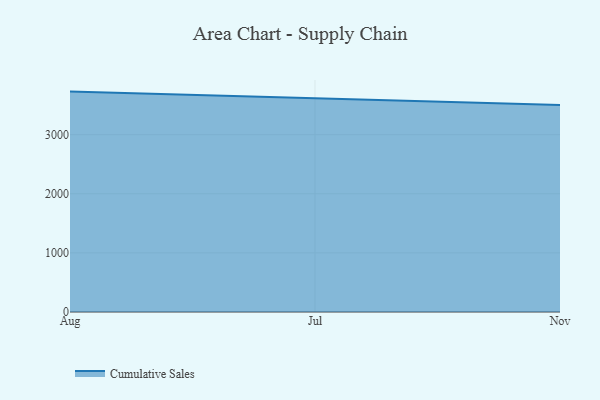
{"axis": {"x": "Month", "y": "Headcount"}, "legend": ["Cumulative Sales"], "data": [{"x": "Aug", "y": 3728.6, "type": "Cumulative Sales"}, {"x": "Jul", "y": 3618.4, "type": "Cumulative Sales"}, {"x": "Nov", "y": 3502.8, "type": "Cumulative Sales"}]}